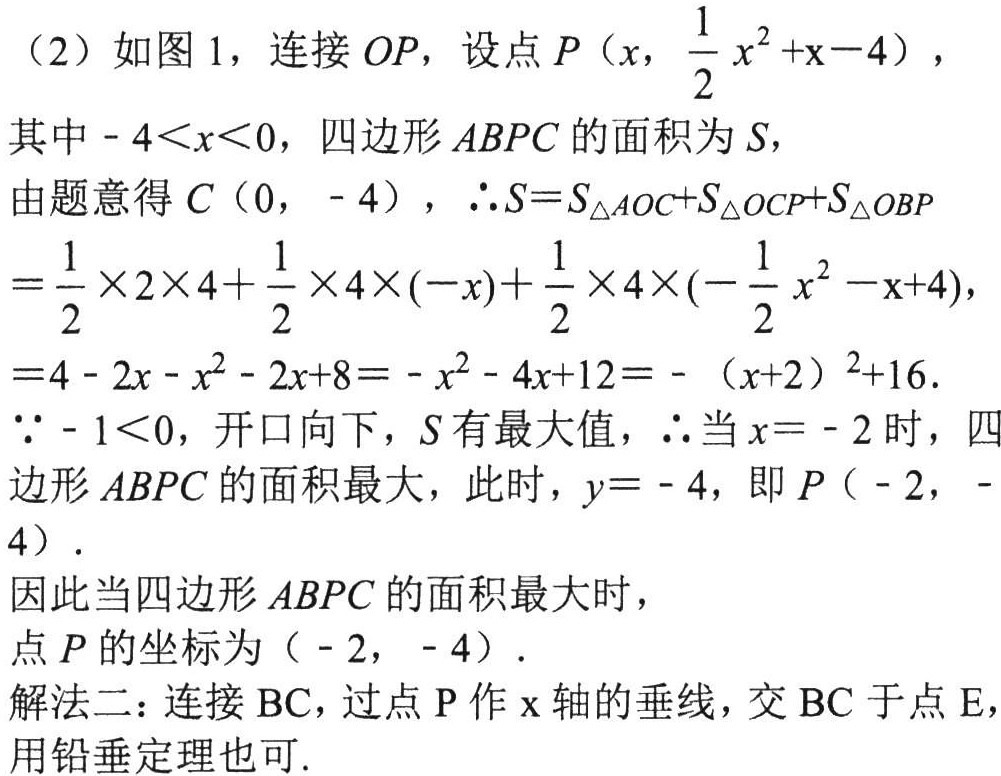
（2）如图 1，连接 \(OP\)，设点 \(P\left(x,\frac{1}{2}x^{2}+x - 4\right)\)，
其中 \(-4 < x < 0\)，四边形 \(ABPC\) 的面积为 \(S\)，
由题意得 \(C(0,-4)\)，\(\therefore S = S_{\triangle AOC}+S_{\triangle OCP}+S_{\triangle OBP}\)
\(=\frac{1}{2}\times2\times4+\frac{1}{2}\times4\times(-x)+\frac{1}{2}\times4\times\left(-\frac{1}{2}x^{2}-x + 4\right)\)，
\(=4-2x - x^{2}-2x + 8=-x^{2}-4x + 12=-(x + 2)^{2}+16\).
\(\because -1 < 0\)，开口向下，\(S\) 有最大值，\(\therefore\) 当 \(x=-2\) 时，四边形 \(ABPC\) 的面积最大，此时，\(y = - 4\)，即 \(P(-2,-4)\).
因此当四边形 \(ABPC\) 的面积最大时，
点 \(P\) 的坐标为 \((-2,-4)\).
解法二：连接 \(BC\)，过点 \(P\) 作 \(x\) 轴的垂线，交 \(BC\) 于点 \(E\)，用铅垂定理也可.